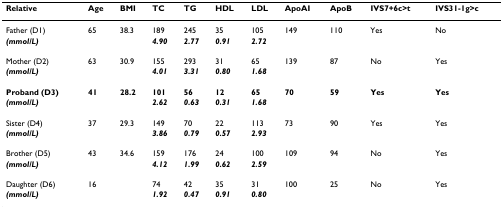
| Relative | Age | BMI | TC | TG | HDL | LDL | ApoAI | ApoB | IVS7+6c>t | IVS31-1g>c |
 | --- | --- | --- | --- | --- | --- | --- | --- | --- | --- | --- |
 | Father (D1) | 65 | 38.3 | 189 | 245 | 35 | 105 | 149 | 110 | Yes | No |
 | (mmol/L) |  |  | 4.90 | 2.77 | 0.91 | 2.72 |  |  |  |  |
 | Mother (D2) | 63 | 30.9 | 155 | 293 | 31 | 65 | 139 | 87 | No | Yes |
 | (mmol/L) |  |  | 4.01 | 3.31 | 0.80 | 1.68 |  |  |  |  |
 | Proband (D3) | 41 | 28.2 | 101 | 56 | 12 | 65 | 70 | 59 | Yes | Yes |
 | (mmol/L) |  |  | 2.62 | 0.63 | 0.31 | 1.68 |  |  |  |  |
 | Sister (D4) | 37 | 29.3 | 149 | 70 | 22 | 113 | 73 | 90 | Yes | Yes |
 | (mmol/L) |  |  | 3.86 | 0.79 | 0.57 | 2.93 |  |  |  |  |
 | Brother (D5) | 43 | 34.6 | 159 | 176 | 24 | 100 | 109 | 94 | No | Yes |
 | (mmol/L) |  |  | 4.12 | 1.99 | 0.62 | 2.59 |  |  |  |  |
 | Daughter (D6) | 16 |  | 74 | 42 | 35 | 31 | 100 | 25 | No | Yes |
 | (mmol/L) |  |  | 1.92 | 0.47 | 0.91 | 0.80 |  |  |  |  |